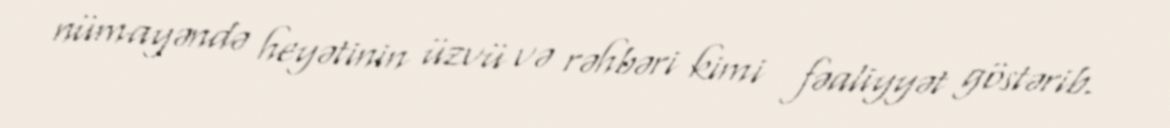
nümayəndə heyətinin üzvü və rəhbəri kimi fəaliyyət göstərib.